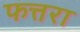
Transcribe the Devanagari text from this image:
फत्तरा